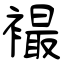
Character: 襊